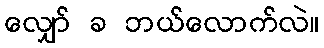
လျှော် ခ ဘယ်လောက်လဲ။